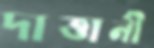
দাত্তানী